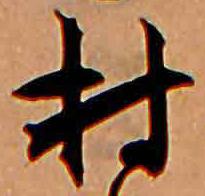
村